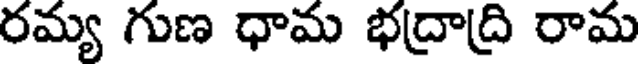
రమ్య గుణ ధామ భద్రాద్రి రామ